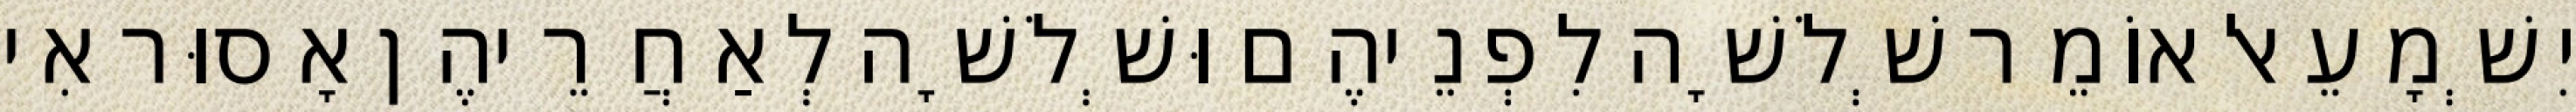
יִשְׁמָעֵאל אוֹמֵר שְׁלֹשָׁה לִפְנֵיהֶם וּשְׁלֹשָׁה לְאַחֲרֵיהֶן אָסוּר אִי